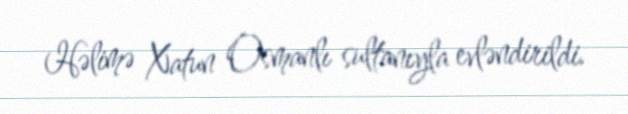
Həlimə Xatun Osmanlı sultanıyla evləndirildi.